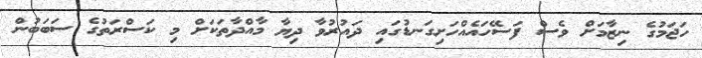
ހަޖަމުގެ ނިޒާމަށް ވެސް ފަސޭހައެއްހަށިގަނޑުގައި ދައުރުވާ ދިޔާ މާއްދާތަކަށް މި ކަސްރަތުގެ ސަބަބުން